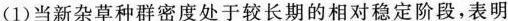
（1）当新杂草种群密度处于较长期的向度稳定阶段，表明